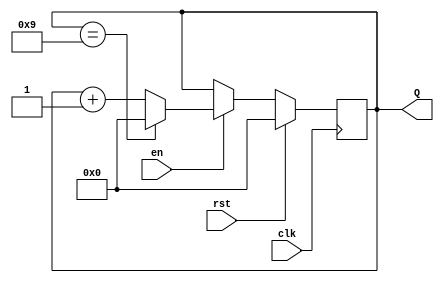
module bcd_counter (
    input wire clk,     // Clock input
    input wire rst,     // Active high reset
    input wire en,      // Active high enable
    output reg [3:0] Q  // 4-bit output count
);

    // Always block triggered on the rising edge of the clock
    always @(posedge clk) begin
        if (rst) begin
            // Reset the counter to 0000
            Q <= 4'b0000;
        end
        else if (en) begin
            // Increment the counter if enabled
            if (Q == 4'b1001) begin
                // If current count is 1001 (9 in decimal), reset to 0000
                Q <= 4'b0000;
            end
            else begin
                // Increment the counter
                Q <= Q + 1;
            end
        end
    end

endmodule